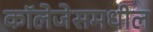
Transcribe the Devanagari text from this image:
कॉलेजेसमधील